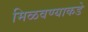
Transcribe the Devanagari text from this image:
मिळवण्याकडे